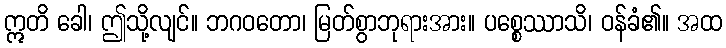
ဣတိ ခေါ၊ ဤသို့လျင်။ ဘဂဝတော၊ မြတ်စွာဘုရားအား။ ပစ္စေဿာသိ၊ ဝန်ခံ၏။ အထ